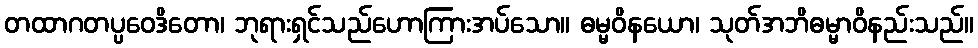
တထာဂတပ္ပဝေဒိတော၊ ဘုရားရှင်သည်ဟောကြားအပ်သော။ ဓမ္မဝိနယော၊ သုတ်အဘိဓမ္မာဝိနည်းသည်။